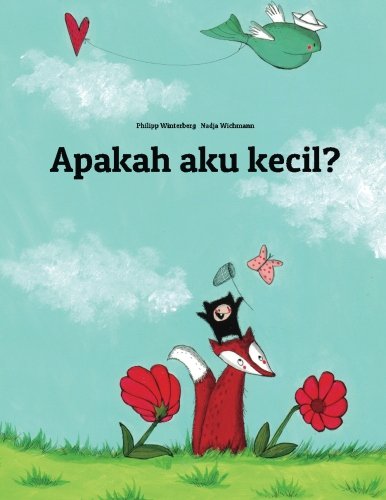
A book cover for Apakah saya kecil?: Cerita gambar oleh Philipp Winterberg dan Nadja Wichmann (Indonesian Edition); Philipp Winterberg; Children's Books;